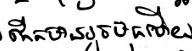
កើតមានរួចមកហើយ